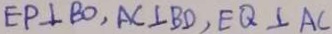
E P \bot B O , A C \bot B D , E Q \bot A C